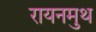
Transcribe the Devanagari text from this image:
रायनमुथ